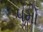
૫મો